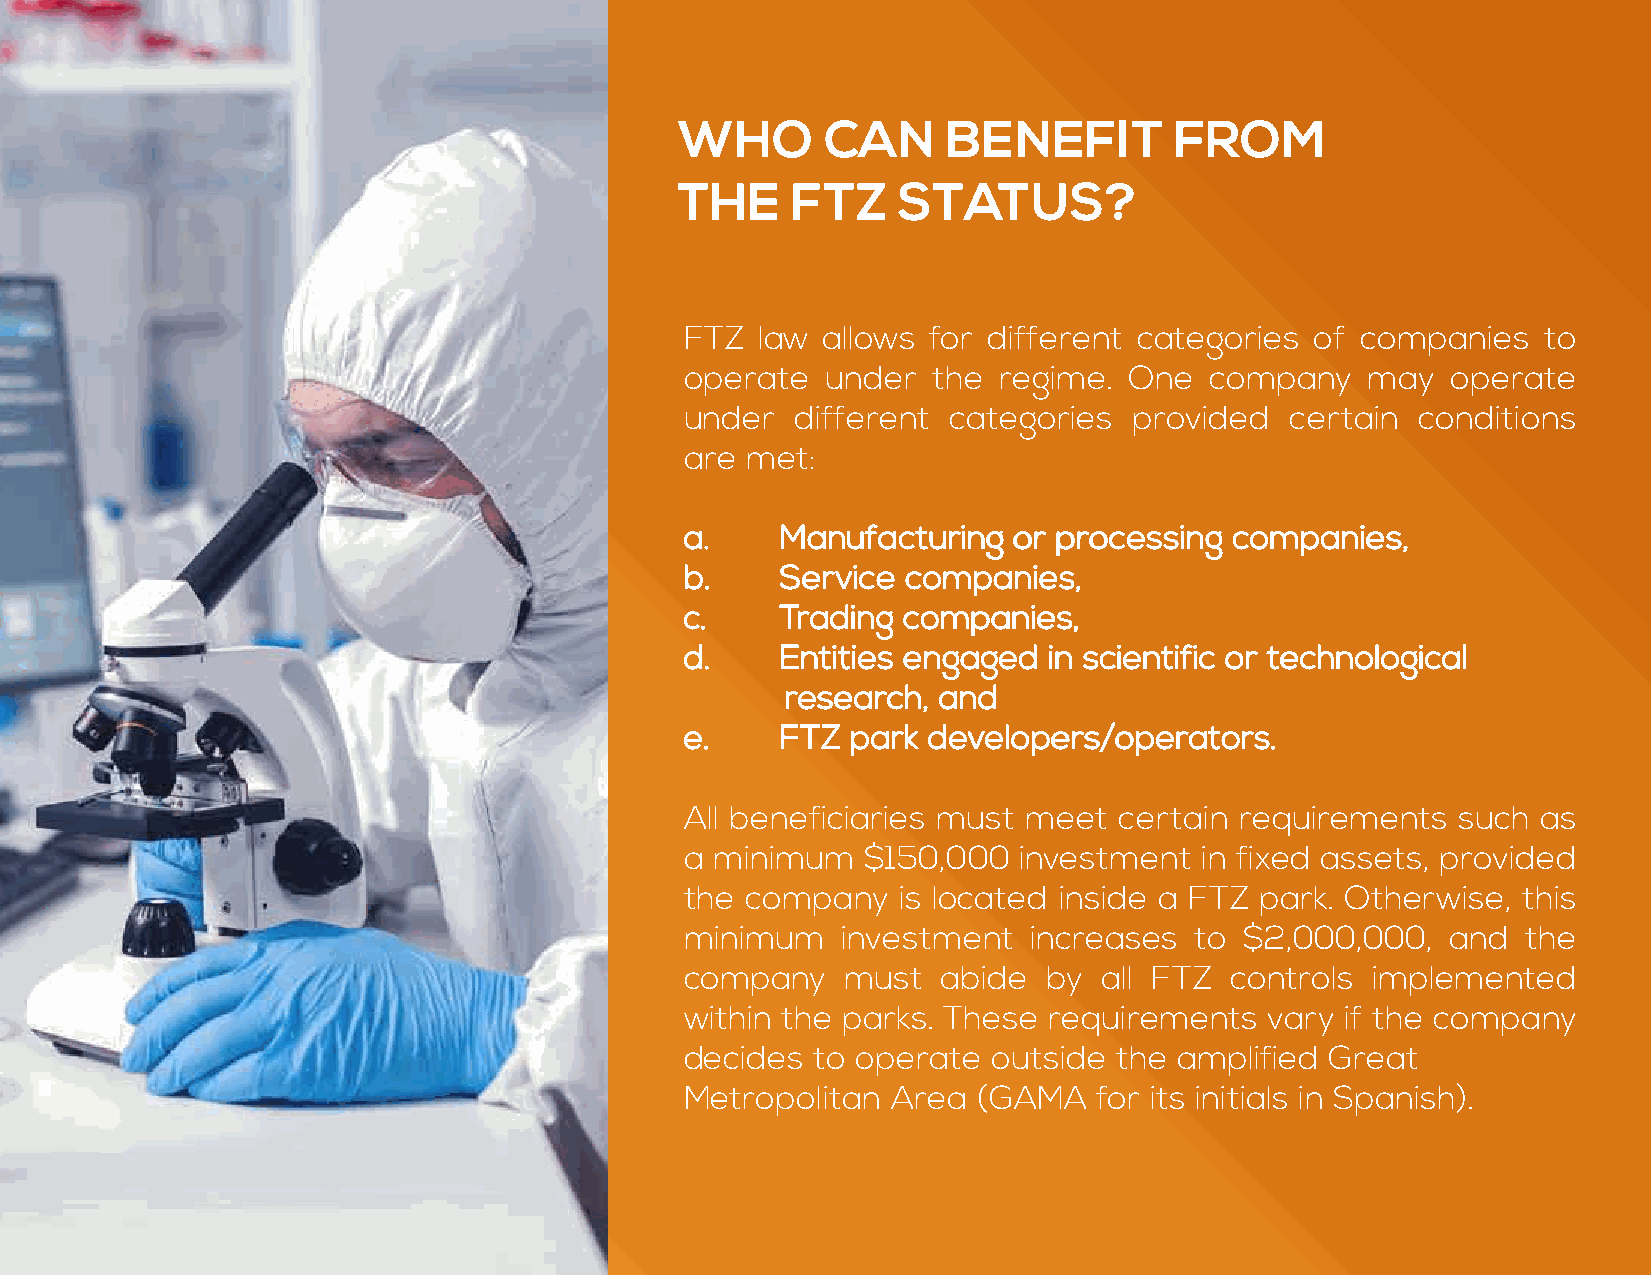
WHO       CAN     BENEFIT        FROM
 THE    FTZ    STATUS?
 FTZ  law allows  for different categories of companies   to
 operate   under  the regime.  One  company    may  operate
 under   different categories  provided  certain  conditions
 are met:
 a.     Manufacturing  or processing  companies,
 b.     Service companies,
 c.     Trading companies,
 d.     Entities engaged in scientific or technological
 research, and
 e.     FTZ park developers/operators.
 All beneficiaries must meet  certain requirements   such as
 a minimum   $150,000  investment  in fixed assets, provided
 the company    is located inside a FTZ park. Otherwise, this
 minimum    investment  increases  to $2,000,000,   and  the
 company    must  abide  by  all FTZ controls  implemented
 within the parks. These requirements   vary if the company
 decides  to operate  outside the amplified Great
 Metropolitan  Area  (GAMA   for its initials in Spanish).